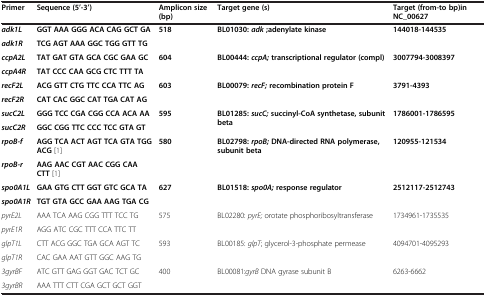
<table><thead><tr><td><b>Primer</b></td><td><b>Sequence (5’-3’)</b></td><td><b>Amplicon size (bp)</b></td><td><b>Target gene (s)</b></td><td><b>Target (from-to bp)in NC_00627</b></td></tr></thead><tbody><tr><td><b><i>adk1L</i></b></td><td><b>GGT AAA GGG ACA CAG GCT GA</b></td><td rowspan="2"><b>518</b></td><td rowspan="2"><b>BL01030:</b><b><i>adk</i></b><b>;adenylate kinase</b></td><td rowspan="2"><b>144018-144535</b></td></tr><tr><td><b><i>adk1R</i></b></td><td><b>TCG AGT AAA GGC TGG GTT TG</b></td></tr><tr><td><b><i>ccpA2L</i></b></td><td><b>TAT GAT GTA GCA CGC GAA GC</b></td><td rowspan="2"><b>604</b></td><td rowspan="2"><b>BL00444:</b><b><i>ccpA;</i></b><b>transcriptional regulator (compl)</b></td><td rowspan="2"><b>3007794-3008397</b></td></tr><tr><td><b><i>ccpA4R</i></b></td><td><b>TAT CCC CAA GCG CTC TTT TA</b></td></tr><tr><td><b><i>recF2L</i></b></td><td><b>ACG GTT CTG TTC CCA TTC AG</b></td><td rowspan="2"><b>603</b></td><td rowspan="2"><b>BL00079:</b><b><i>recF;</i></b><b>recombination protein F</b></td><td rowspan="2"><b>3791-4393</b></td></tr><tr><td><b><i>recF2R</i></b></td><td><b>CAT CAC GGC CAT TGA CAT AG</b></td></tr><tr><td><b><i>sucC2L</i></b></td><td><b>GGG TCC CGA CGG CCA ACA AA</b></td><td rowspan="2"><b>595</b></td><td rowspan="2"><b>BL01285:</b><b><i>sucC;</i></b><b>succinyl-CoA synthetase, subunit beta</b></td><td rowspan="2"><b>1786001-1786595</b></td></tr><tr><td><b><i>sucC2R</i></b></td><td><b>GGC CGG TTC CCC TCC GTA GT</b></td></tr><tr><td><b><i>rpoB-f</i></b></td><td><b>AGG TCA ACT AGT TCA GTA TGG ACG</b>[1]</td><td rowspan="2"><b>580</b></td><td rowspan="2"><b>BL02798:</b><b><i>rpoB;</i></b><b>DNA-directed RNA polymerase, subunit beta</b></td><td rowspan="2"><b>120955-121534</b></td></tr><tr><td><b><i>rpoB-r</i></b></td><td><b>AAG AAC CGT AAC CGG CAA CTT</b>[1]</td></tr><tr><td><b><i>spo0A1L</i></b></td><td><b>GAA GTG CTT GGT GTC GCA TA</b></td><td rowspan="2"><b>627</b></td><td rowspan="2"><b>BL01518:</b><b><i>spo0A;</i></b><b>response regulator</b></td><td rowspan="2"><b>2512117-2512743</b></td></tr><tr><td><b><i>spo0A1R</i></b></td><td><b>TGT GTA GCC GAA AAG TGA CG</b></td></tr><tr><td><i>pyrE2L</i></td><td>AAA TCA AAG CGG TTT TCC TG</td><td rowspan="2">575</td><td rowspan="2">BL02280: <i>pyrE;</i> orotate phosphoribosyltransferase</td><td rowspan="2">1734961-1735535</td></tr><tr><td><i>pyrE1R</i></td><td>AGG ATC CGC TTT CCA TTC TT</td></tr><tr><td><i>glpT1L</i></td><td>CTT ACG GGC TGA GCA AGT TC</td><td rowspan="2">593</td><td rowspan="2">BL00185: <i>glpT</i>; glycerol-3-phosphate permease</td><td rowspan="2">4094701-4095293</td></tr><tr><td><i>glpT1R</i></td><td>CAC GAA AAT GTT GGC AAG TG</td></tr><tr><td><i>3gyrBF</i></td><td>ATC GTT GAG GGT GAC TCT GC</td><td>400</td><td>BL00081:<i>gyrB</i> DNA gyrase subunit B</td><td>6263-6662</td></tr><tr><td><i>3gyrBR</i></td><td>AAA TTT CTT CGA GCT GCT GGT</td><td> </td><td> </td><td> </td></tr></tbody></table>